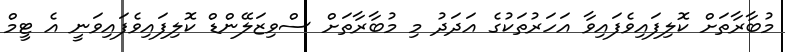
މުބާރާތަށް ކޮލިފައިވެފައިވާ އަހަރުތަކުގެ އަދަދު މި މުބާރާތަށް ސްވިޒަލޭންޑް ކޮލިފައިވެފައިވަނީ އެ ޓީމް